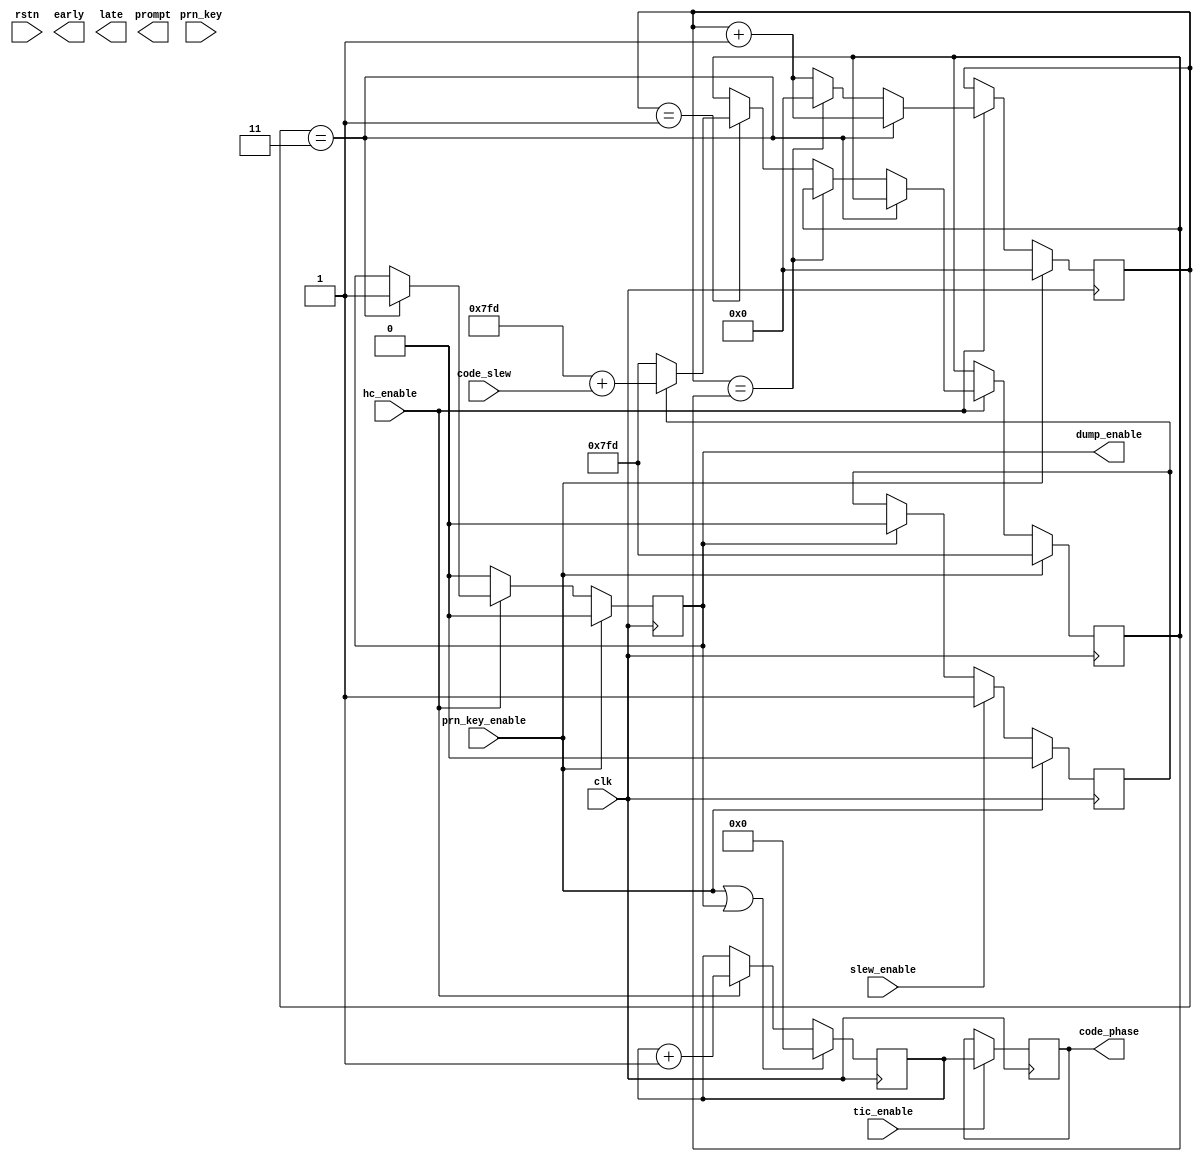
module code_gen (clk, rstn, 
                 tic_enable, hc_enable, 
                 `ifdef ENABLE_GLONASS
                 glns_or_gps,
                 `endif
                 prn_key_enable, prn_key, 
                 code_slew, slew_enable,
                 dump_enable, 
                 code_phase, 
                 early, prompt, late);

  input clk, rstn;
  input tic_enable;       // the TIC
  input hc_enable;        // the half-chip enable pulse from the code_nco
  `ifdef ENABLE_GLONASS
  input glns_or_gps;      // [Art] GLONASS or GPS Code generator (1 = GLONASS, 0 = GPS)
  `endif
  input [9:0] prn_key;    // 10 bit number used to select satellite PRN code
  input prn_key_enable;   // pulse to latch in the prn_key and reset the logic (write & chip_select)
  input slew_enable;      // pulse to set the slew_flag (write & chip select)
  input [10:0] code_slew; // number of half chips to delay the C/A code after the next dump_enable 

  output dump_enable;          // pulse at the begining/end of prompt C/A code cycle
  output reg [10:0] code_phase;// the phase of the C/A code at the TIC
  output early, prompt, late;  // half-chip spaced C/A code sequences

  reg [9:0] g1;          // the g1 shift register
  reg g1_q;              // output of the g1 shift register
  reg [9:0] g2;          // the g2 shift register
  reg g2_q;              // output of the g2 shift register
  `ifdef ENABLE_GLONASS
  reg [8:0] g3;          // [Art] g3 shift register for GLONASS code generator
  reg g3_q;              // [Art] output of the g3 shift register
  `endif
  //wire ca_code;          // the C/A code chip sequence from g1 and g2 shifters
  wire [2:0] srq;        // the output of the chip spreader
   
  reg fc_enable;         // full-chip enable that drives the g1 and g2 shifters
  reg dump_enable;       // pulse generated at the begining/end of the prompt C/A code cycle
  reg [10:0] hc_count1;  // counter used for generating the fc_enable and slew logic (max slew 2045)

  reg [10:0] slew;       // the code_slew latched if the slew_flag is set  
  reg [11:0] hc_count2;  // counter for keeping track of the begining/end of C/A code cycle (max count 4091)
  reg [11:0] max_count2; // limit of hc_count2, normally = 2045, but increased when slew delays the C/A code
   
  //reg [1:0] dump = 3;    // dump_enable is generated when hc_count2 = 3
  reg slew_flag;         // slew_flag is set on the slew_enable pulse and cleared on the dump_enable
  reg slew_trigger;      // triggers the slew event

  reg [10:0] hc_count3;  // this counter is reset at the dump_enable, latched into the code_phase on the TIC
   
  //shift register GavAI implementation.
  reg [2:0] shft_reg;
  
    
  // The G1 shift register
  //----------------------
  always @ (posedge clk)
  begin
    if (prn_key_enable) // set up shift register
    begin
      g1_q <= 0;
      g1 <= 10'b1111111111;
    end
    else if (fc_enable) // run
    begin
      g1_q <= g1[0];
      g1 <= {(g1[7] ^ g1[0]), g1[9:1]};
    end
  end

  // The G2 shift register
  //----------------------
  always @ (posedge clk)
  begin
    if (prn_key_enable) // set up shift register
    begin
      g2_q <= 0;
      g2 <= prn_key;
    end
    else if (fc_enable) // run
    begin
      g2_q <= g2[0];
      g2 <= {(g2[8] ^ g2[7] ^ g2[4] ^ g2[2] ^ g2[1] ^ g2[0]), g2[9:1]};
    end
  end

  `ifdef ENABLE_GLONASS
  // The G3 shift register
  //----------------------
  always @ (posedge clk)
  begin
    if (prn_key_enable) // set up shift register
    begin
      g3_q <= 0;
      g3   <= 9'b111111111;
    end
    else if (fc_enable) // run
    begin
      g3_q <= g3[2];
      g3   <= {(g3[4] ^ g3[0]), g3[8:1]};
    end
  end
  `endif

  ///assign ca_code = g1_q ^ g2_q;

  `ifdef ENABLE_GLONASS // [Art] GLONASS or GPS Code generator (1 = GLONASS, 0 = GPS)
  wire ca_code = ( glns_or_gps == 1'b1 ) ? g3_q : (g1_q ^ g2_q);
  `else
  wire ca_code = g1_q ^ g2_q;
  `endif
  
  // always @ (posedge clk)
  // begin
  //   if (prn_key_enable) //clear register;
	//   shft_reg <= 0;
	// else if (hc_enable) //make shifting here;
	//   shft_reg <= {shft_reg[1:0], ca_code};
  // end
  // assign srq = shft_reg;   

  // assign the early, prompt and late chips, one half chip apart
  assign early = srq[0];
  assign prompt = srq[1];
  assign late = srq[2];

  // hc_count3 process
  //------------------
  // Counter 3 counts hc_enables, reset on dump_enable.
  // If there is slew delay this counter will roll over
  // before the next dump. However, code_phase measurements
  // are not valid during slewing.
  always @ (posedge clk)
  begin
    if (prn_key_enable || dump_enable)
      hc_count3 <= 0;
    else if (hc_enable)
      hc_count3 <= hc_count3 + 1;
  end
   
  // capture the code phase at TIC
  //------------------------------
  // The code_phase is the half-chip count
  // at the TIC. Half-chips are numbered 0 to 2045.
  // The code_nco_phase (from the code_nco) provides
  // the fine (sub half-chip) code phase.
  always @ (posedge clk)
  begin
    if (tic_enable)
      code_phase <= hc_count3;
  end

  // The full-chip enable generator
  //--------------------------------
  // Without the code_slew being set
  // this process just creates the full-chip enable
  // at half the rate of the half-chip enable.
  // When the code_slew is set, the fc_enable
  // is delayed for a number of half-chips.
  always @ (posedge clk)
  begin
    if (prn_key_enable)
    begin
      hc_count1 <= 0;
      fc_enable <= 0;
      slew <= 0; // reset slew   
    end
    else
    begin 
      if (slew_trigger)
        slew <= code_slew;
      if (hc_enable)
      begin
        if (slew == 0) // no delay on code
        begin
          if (hc_count1 == 1)
          begin
            hc_count1 <= 0;
            fc_enable <= 1; // create fc_enable pulse
          end
          else
            hc_count1 <= hc_count1 + 1; // increment count
        end
        else
          slew <= slew - 1; // decrement slew
      end
      else
        fc_enable <= 0;
    end
  end

  // The dump_enable generator
  //--------------------------
  // create the dump_enable
  //
  // When a slew value (= x) is written to the code_slew register,
  // the C/A code is delayed x half-chips at the next dump.
  always @ (posedge clk)
  begin
  if (prn_key_enable)
  begin
    dump_enable <= 0;
    hc_count2 <= 0;
    slew_trigger <= 0;
    `ifndef ENABLE_GLONASS
    max_count2 <= 2045; // normal half-chip count in one C/A cycle
    `else
    if (glns_or_gps == 1'b0)
      max_count2 <= 2045; // normal half-chip count in one GPS C/A cycle
    else
      max_count2 <= 1021; // normal half-chip count in one GLONASS C/A cycle
    `endif
  end
     
  else if (hc_enable)
  begin
    hc_count2 <= hc_count2 + 1;
    if (hc_count2 == 3)//dump)
      dump_enable <= 1;
    else if (hc_count2 == max_count2)
      hc_count2 <= 0;
    else if (hc_count2 == 1)  // signals the arrival of the first hc_enable
    begin
      if (slew_flag) // slew delay
      begin
        slew_trigger <= 1;
        `ifndef ENABLE_GLONASS
        max_count2 <= 2045 + code_slew;
        `else
        if (glns_or_gps == 1'b0)
          max_count2 <= 2045 + code_slew;
        else
          max_count2 <= 1021 + code_slew;
        `endif
      end
      else
        `ifndef ENABLE_GLONASS
        max_count2 <= 2045;
        `else
        if (glns_or_gps == 1'b0)
          max_count2 <= 2045;
        else
          max_count2 <= 1021;
        `endif
      end
    end
  else
  begin
    dump_enable <= 0;
    slew_trigger <= 0;
  end

  end     

   
  // slew_flag process
  //------------------
  // The slew_flag is set on slew_enable and cleared on the dump_enable.
  always @ (posedge clk)
  begin
    if (prn_key_enable)
      slew_flag <= 0;
    else if (slew_enable)
      slew_flag <= 1;
    else if (dump_enable)
      slew_flag <= 0;
  end
    
endmodule